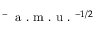
^ { - } \, \mathrm { ~ a ~ . ~ m ~ . ~ u ~ . ~ } ^ { - 1 / 2 }